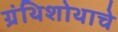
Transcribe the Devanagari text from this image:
ग्रंथिशोथाचे